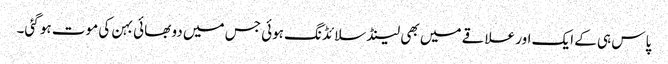
پاس ہی کے ایک اور علاقے میں بھی لینڈ سلائڈنگ ہوئی جس میں دو بھائی بہن کی موت ہو گئی۔